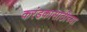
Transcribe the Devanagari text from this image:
करंडकासाठीच्या